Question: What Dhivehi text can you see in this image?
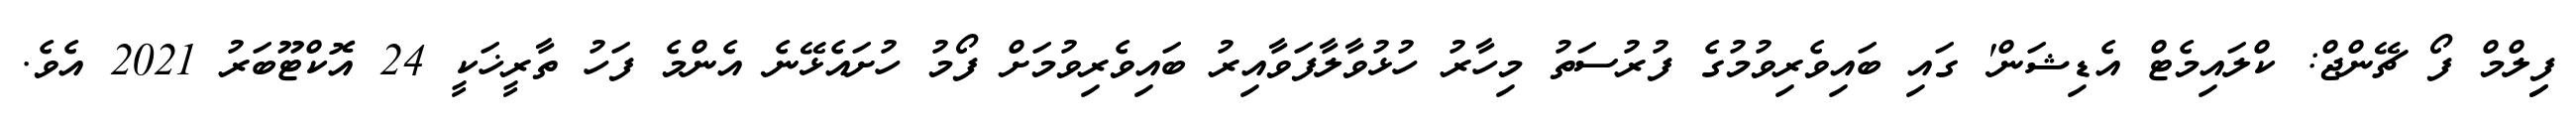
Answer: ފިިލްމް ފޯ ޗޭންޖް: ކްލައިމެޓް އެޑިޝަން' ގައި ބައިވެރިވުމުގެ ފުރުސަތު މިހާރު ހުޅުވާލާފަވާއިރު ބައިވެރިވުމަށް ފޯމު ހުށައެޅޭނެ އެންމެ ފަހު ތާރީޚަކީ 24 އޮކްޓޫބަރު 2021 އެވެ.